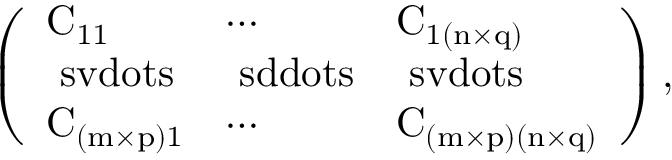
\mathrm { \left( \begin{array} { l l l } { \mathrm { C } _ { 1 1 } } & { \cdots } & { \mathrm { C } _ { 1 ( n \times q ) } } \\ { \ s v d o t s } & { \ s d d o t s } & { \ s v d o t s } \\ { \mathrm { C } _ { ( m \times p ) 1 } } & { \cdots } & { \mathrm { C } _ { ( m \times p ) ( n \times q ) } } \end{array} \right) , }